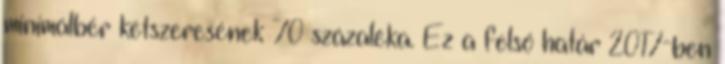
minimálbér kétszeresének 70 százaléka. Ez a felső határ 2017-ben